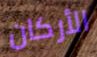
الأركان